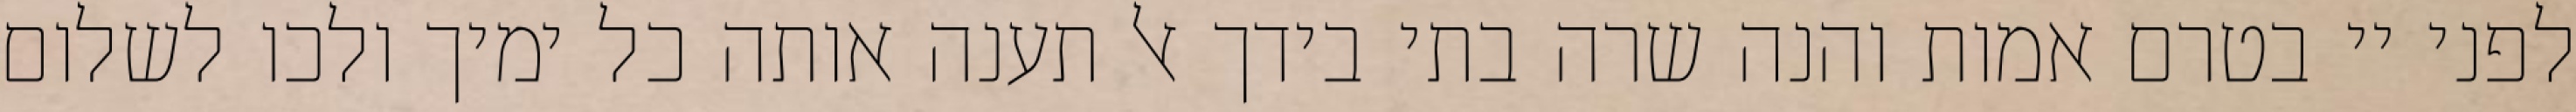
לפני יי בטרם אמות והנה שרה בתי בידך אל תענה אותה כל ימיך ולכו לשלום